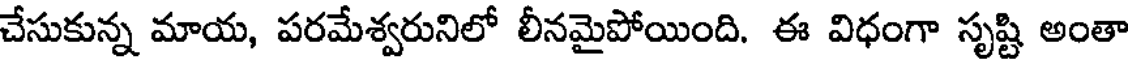
చేసుకున్న మాయ, పరమేశ్వరునిలో లీనమైపోయింది. ఈ విధంగా సృష్టి అంతా